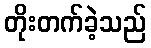
တိုးတက်ခဲ့သည်